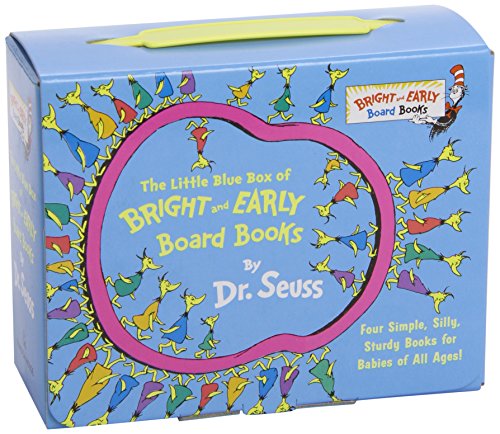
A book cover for The Little Blue Box of Bright and Early Board Books by Dr. Seuss (Bright & Early Board Books(TM)); Dr. Seuss; Children's Books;